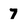
Character: 7